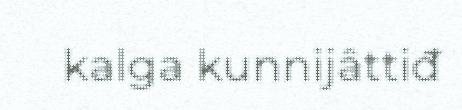
kalga kunnijâttiđ